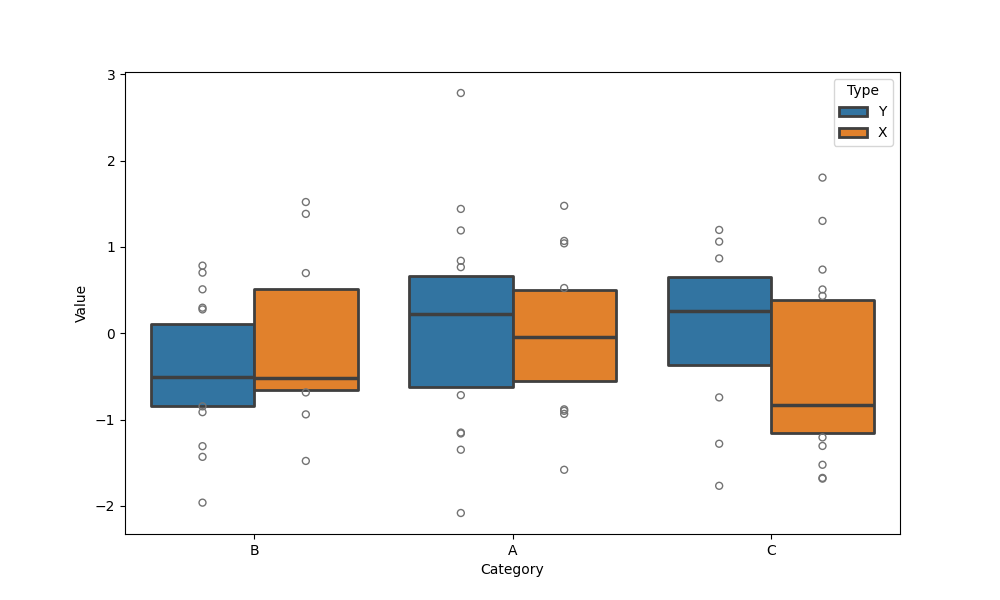
python, seaborn, boxenplot, k_depth='tukey', linewidth=2, scale='exponential', outlier_prop=0.1, showfliers=True